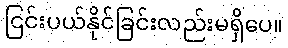
ငြင်းပယ်နိုင်ခြင်းလည်းမရှိပေ။